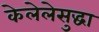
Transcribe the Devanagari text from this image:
केलेलेसुद्धा